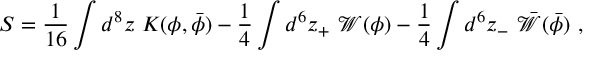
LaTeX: S = \frac { 1 } { 1 6 } \int d ^ { 8 } z \ K ( \phi , { \bar { \phi } } ) - \frac { 1 } { 4 } \int d ^ { 6 } z _ { + } \ { \mathcal W } ( \phi ) - \frac { 1 } { 4 } \int d ^ { 6 } z _ { - } \ { \bar { \mathcal W } } ( { \bar { \phi } } ) \ ,